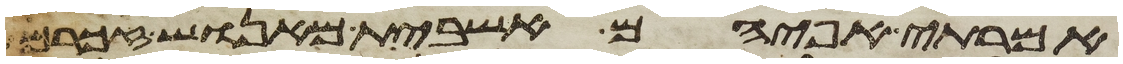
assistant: אמרתי אפי הם אשבית מאנוש זכרם